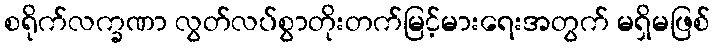
စရိုက်လက္ခဏာ လွတ်လပ်စွာတိုးတက်မြင့်မားရေးအတွက် မရှိမဖြစ်